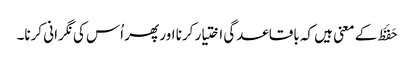
حَفَظَ کے معنی ہیں کہ باقاعدگی اختیار کرنا اور پھر اُس کی نگرانی کرنا۔